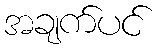
အချက်ပင်